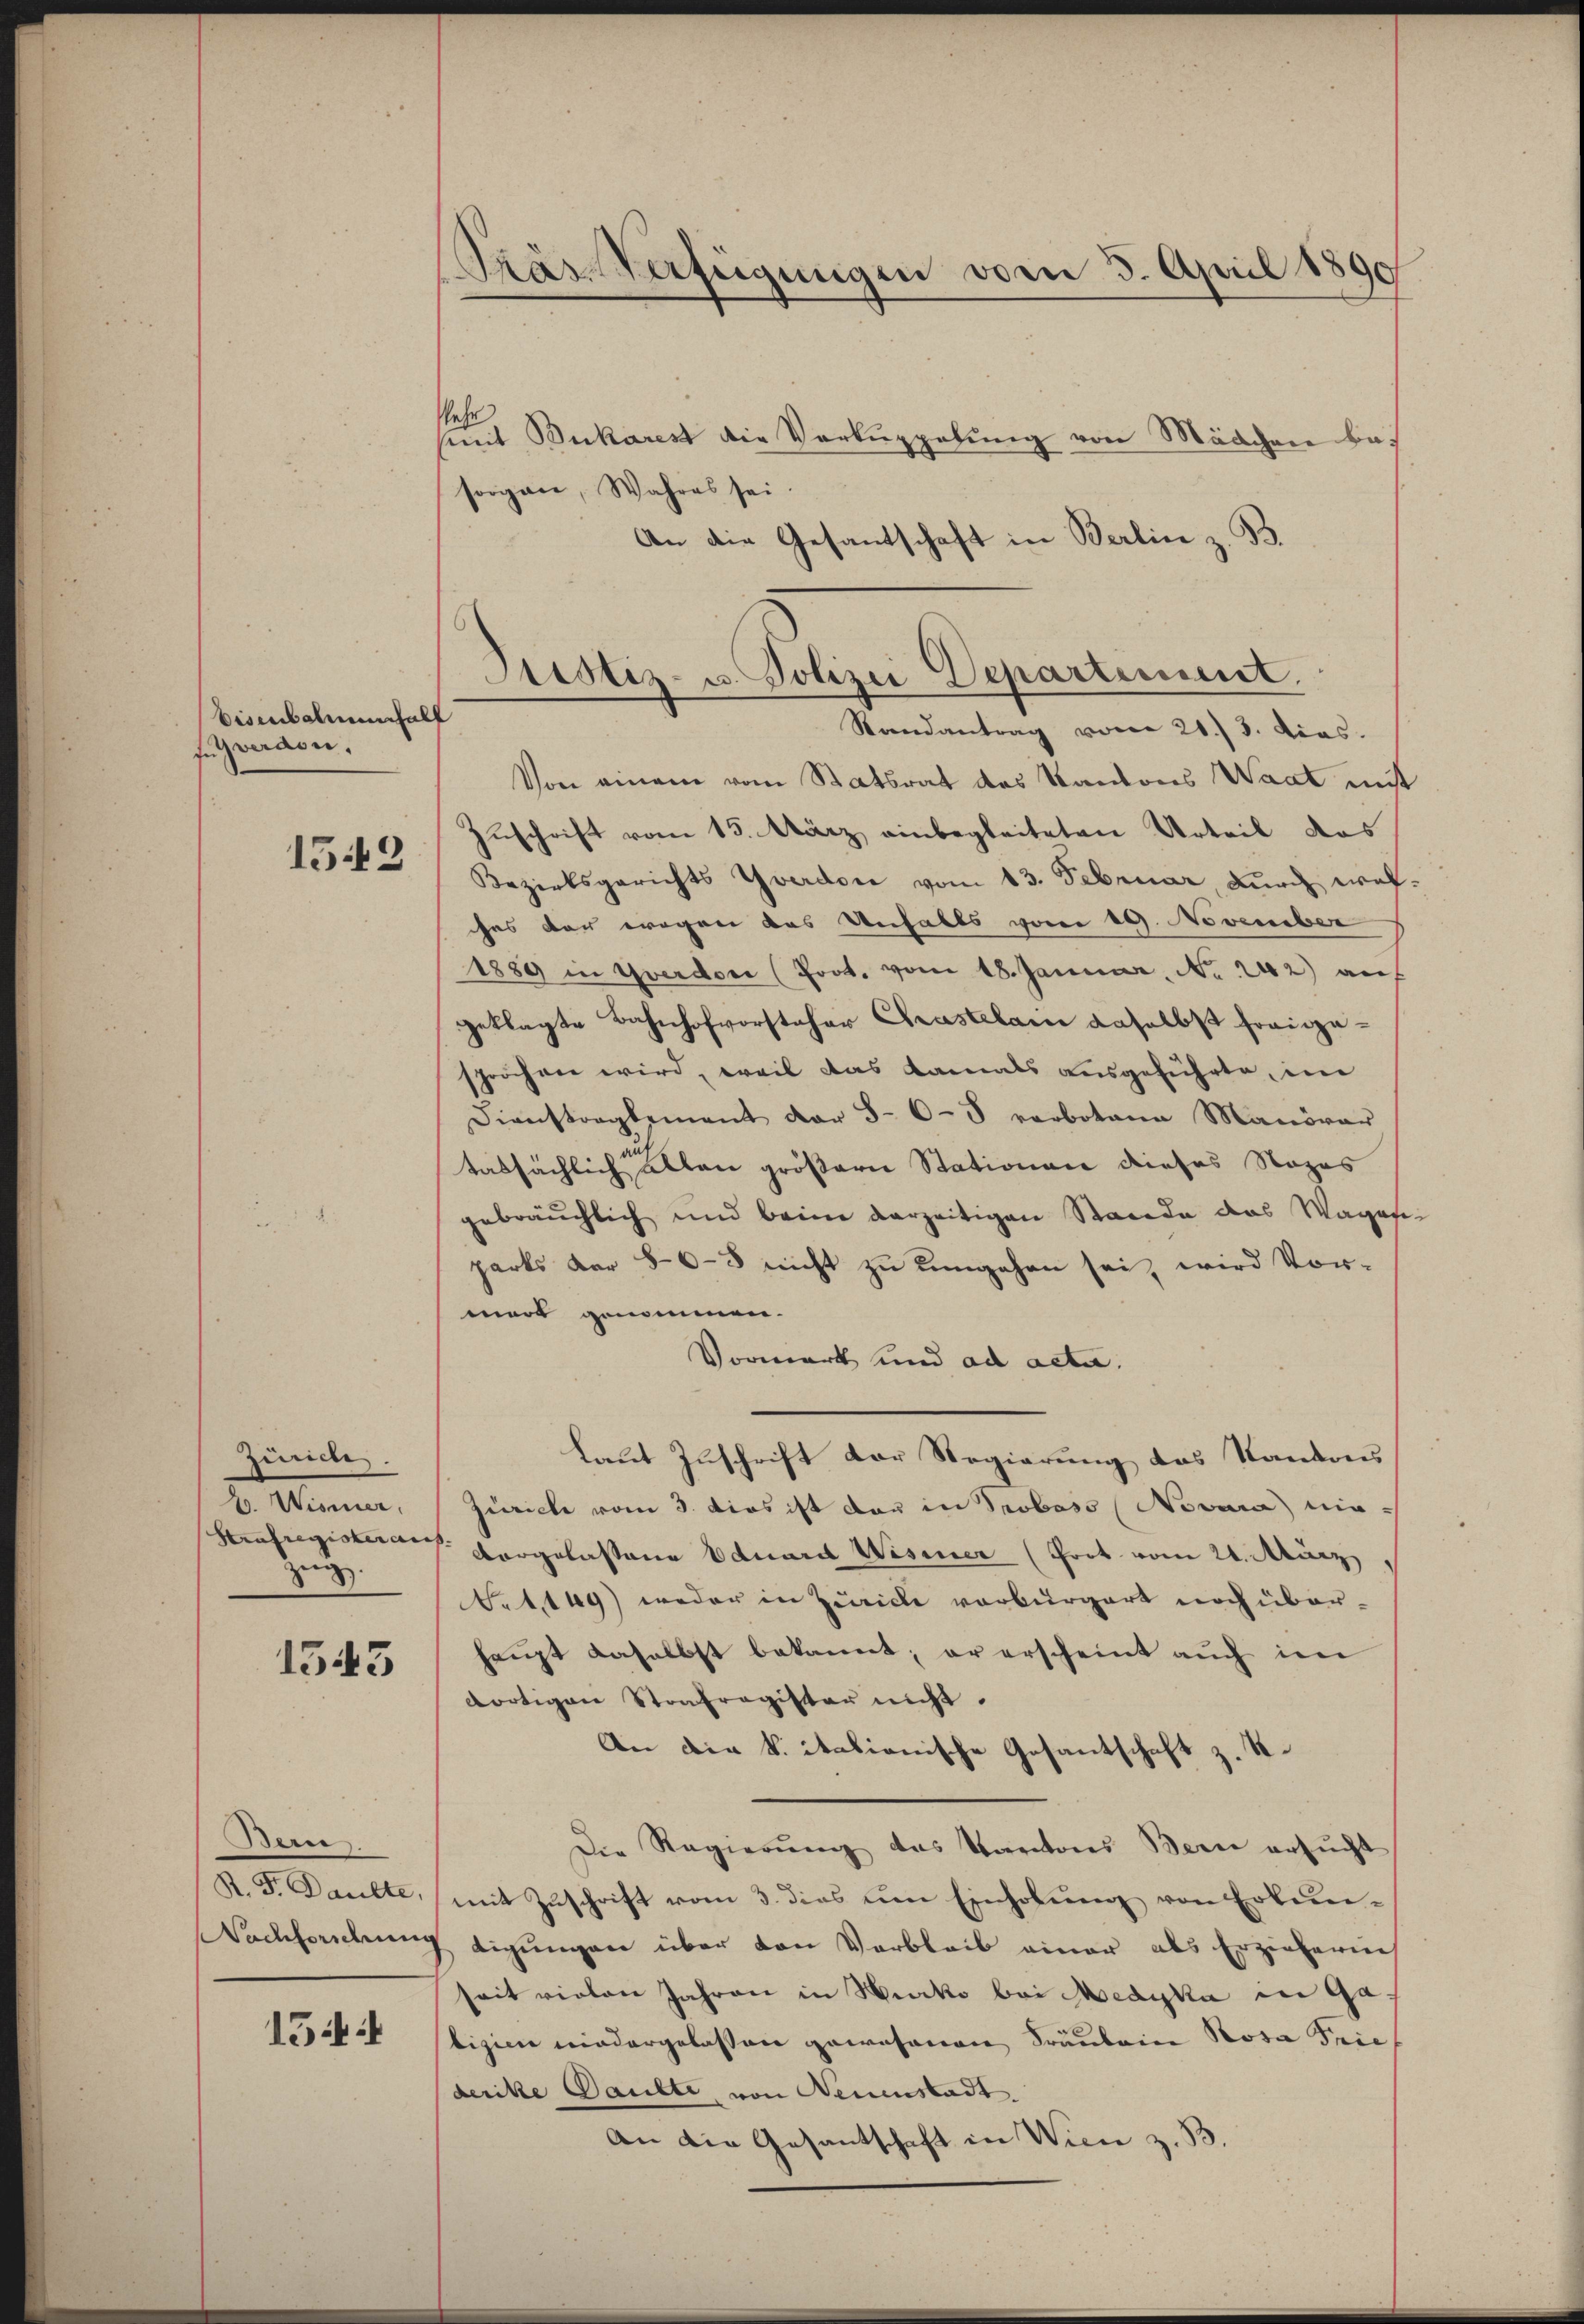
bisenbalmenhalt
f Gwerden.
1542

Zürich.
2. Wismer.
zei.

1543

Bere
R. F. Daulte,

154

lehr
mit Bukarest die Verkuppelung von Mädchen Bas
sorgane, Wahres sei.
An die Gesantschaft in Berlin z. B.

Kas Verzeigungen vom 3. April 1890

Justiz- u. Polizei Departement.
Randantrag vom 21./3. dias.

Von einem vom Statsrat des Kantons Waat mit
Zuschrift vom 15. März einbegleiteten Urteil das
Bezirksgerichts Yverdon vom 13. Februar, Durch welhes der wegen das Unfalls vom 19. November
1889 in Yverdor (Prot. vom 18. Januar. Nr. 242) auf
geklagte Bahnhofvorsteher Chrastelam daselbst freigespröchen wird, weil das Kamals ausgeführte, im
Dienstreglement dar 5-6-3 verbotene Manöver
tatsächlich allen größerer Stationen dieses Nozes
gebräuchlich und beim verzeitigen Stande das Wagosizarts der 86-5 nicht zu eingehen sei, wird Vor-
mart genommen.
Vormerk und ad acta.
laut Zuschrift der Regierung das Kantons
Zürich vom 3. Dies ist der in Proboso (Novura nie-
Strafregistern vorgelassene Eduard Wisiner (Prot. vom 21. März
Art. 149) weder in Zürich verbürgert noch überhaupt daselbst bekannt; er erscheint auch im
dortigen Strafregister nicht.
An die k. italionische Gesantschaft z. R.
Die Regierŭng das Kantons Bern ersŭcht
mit Zŭschrift vom 3. dies um Einholŭng von Erkun¬
Sachsorckung digungen über den Verbleib einer als Erziehering
seit vielen Jahren in Hecke bei Medika in Gabigien niedergelassen gewohneren Fräulein Rosa Frie
derike Baubte von Neuenstadt.
An die Gesantschaft in Wien z. B.